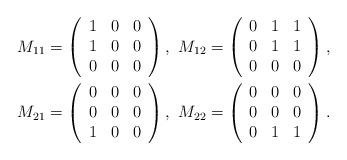
LaTeX: \begin{gather*}M_{11}=\left(\begin{array}{ccc}1&0&0\\ 1&0&0\\ 0&0&0\end{array}\right),\,\,M_{12}=\left(\begin{array}{ccc}0&1&1\\ 0&1&1\\ 0&0&0\end{array}\right),\\M_{21}=\left(\begin{array}{ccc}0&0&0\\ 0&0&0\\ 1&0&0\end{array}\right),\,\,M_{22}=\left(\begin{array}{ccc}0&0&0\\ 0&0&0\\ 0&1&1\end{array}\right).\end{gather*}